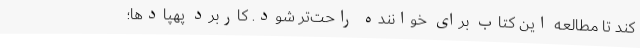
کند تا مطالعه‌ این کتاب برای خواننده راحت‌تر شود. کاربرد پهپادها؛